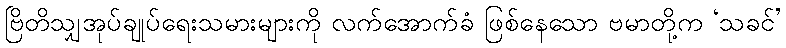
ဗြိတိသျှအုပ်ချုပ်ရေးသမားများကို လက်အောက်ခံ ဖြစ်နေသော ဗမာတို့က ‘သခင်’